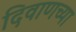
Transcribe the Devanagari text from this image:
दिवाणच्या